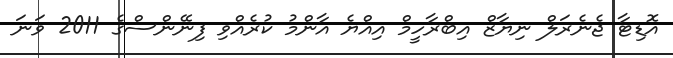
އޮޑިޓާ ޖެނެރަލް ނިޔާޒް އިބްރާހީމް އިއްޔެ އާންމު ކުރެއްވި ފިނޭންސްގެ 2011 ވަނަ